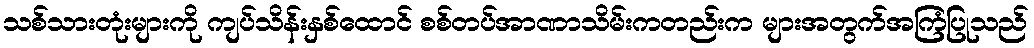
သစ်သားတုံးများကို ကျပ်သိန်းနှစ်ထောင် စစ်တပ်အာဏာသိမ်းကတည်းက များအတွက်အကြံပြုသည်